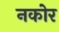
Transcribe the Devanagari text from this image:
नकोर